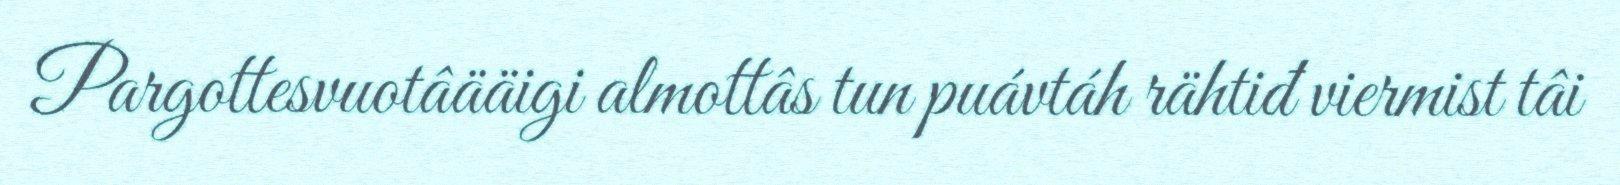
Pargottesvuotâääigi almottâs tun puávtáh rähtiđ viermist tâi